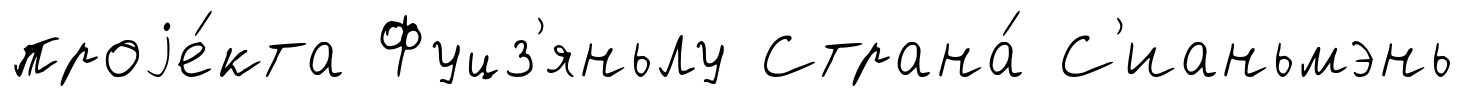
проjе́кта Фуцз'яньлу Страна́ С'ианьмэнь